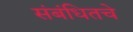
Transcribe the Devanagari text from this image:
संबंधितचे